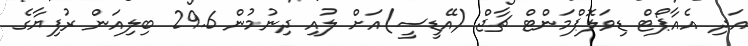
އަދި އެއާޕޯޓް ޑިވަލޮޕްމަންޓް ޗާޖް (އޭޑީސީ)އަށް ލުއި ދިނުމުން 29.6 ބިލިއަން ރުފިޔާގެ